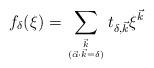
LaTeX: \begin{align*} f_{\delta}(\xi) = \sum_{{\vec{k}} \atop {(\vec{\alpha} \cdot \vec{k} =\delta)}} t_{\delta, \vec{k}} \xi^{\vec{k}}\end{align*}